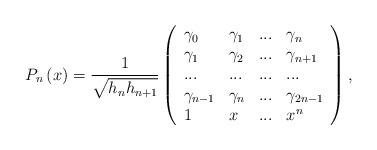
LaTeX: \begin{align*}P_{n}\left( x\right) =\frac{1}{\sqrt{h_{n}h_{n+1}}}\left( \begin{array}{llll}\gamma _{0} & \gamma _{1} & ... & \gamma _{n} \\ \gamma _{1} & \gamma _{2} & ... & \gamma _{n+1} \\ ... & ... & ... & ... \\ \gamma _{n-1} & \gamma _{n} & ... & \gamma _{2n-1} \\ 1 & x & ... & x^{n}\end{array}\right) ,\end{align*}